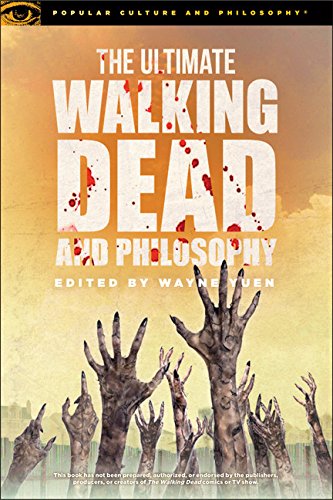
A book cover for The Ultimate Walking Dead and Philosophy (Popular Culture and Philosophy); Comics & Graphic Novels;